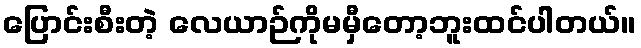
ပြောင်းစီးတဲ့ လေယာဉ်ကိုမမှီတော့ဘူးထင်ပါတယ်။